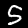
Digit: 5